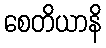
စေတိယာနိ